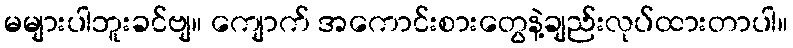
မများပါဘူးခင်ဗျ။ ကျောက် အကောင်းစားတွေနဲ့ချည်းလုပ်ထားတာပါ။